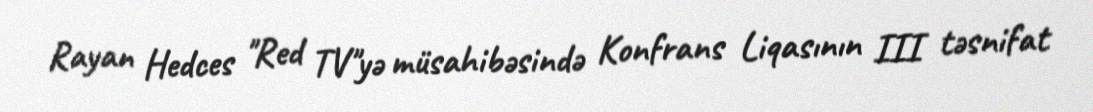
Rayan Hedces "Red TV"yə müsahibəsində Konfrans Liqasının III təsnifat